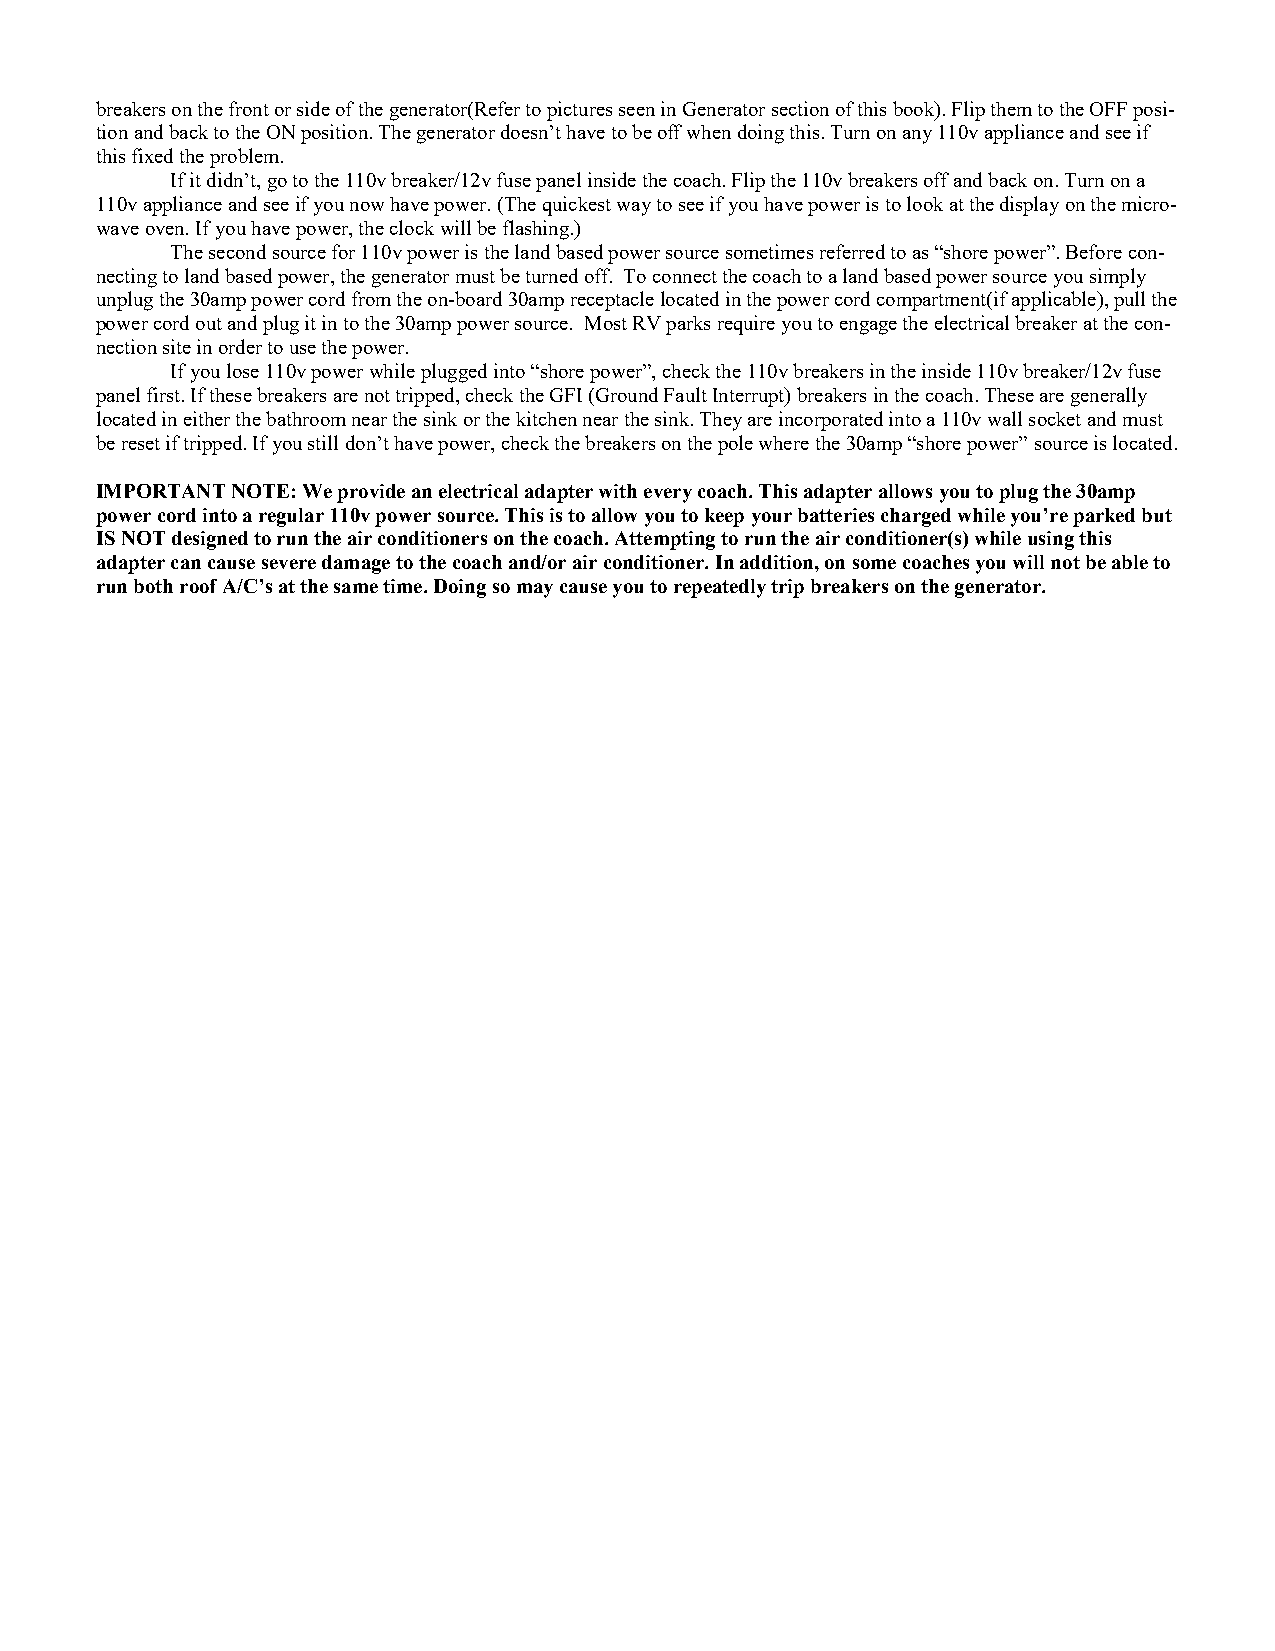
breakers on the front or side of the generator(Refer to pictures seen in Generator section of this book). Flip them to the OFF posi-
 tion and back to the ON position. The generator doesn’t have to be off when doing this. Turn on any 110v appliance and see if
 this fixed the problem.
 If it didn’t, go to the 110v breaker/12v fuse panel inside the coach. Flip the 110v breakers off and back on. Turn on a
 110v appliance and see if you now have power. (The quickest way to see if you have power is to look at the display on the micro-
 wave oven. If you have power, the clock will be flashing.)
 The second source for 110v power is the land based power source sometimes referred to as “shore power”. Before con-
 necting to land based power, the generator must be turned off. To connect the coach to a land based power source you simply
 unplug the 30amp power cord from the on-board 30amp receptacle located in the power cord compartment(if applicable), pull the
 power cord out and plug it in to the 30amp power source. Most RV parks require you to engage the electrical breaker at the con-
 nection site in order to use the power.
 If you lose 110v power while plugged into “shore power”, check the 110v breakers in the inside 110v breaker/12v fuse
 panel first. If these breakers are not tripped, check the GFI (Ground Fault Interrupt) breakers in the coach. These are generally
 located in either the bathroom near the sink or the kitchen near the sink. They are incorporated into a 110v wall socket and must
 be reset if tripped. If you still don’t have power, check the breakers on the pole where the 30amp “shore power” source is located.
 IMPORTANT NOTE: We provide an electrical adapter with every coach. This adapter allows you to plug the 30amp
 power cord into a regular 110v power source. This is to allow you to keep your batteries charged while you’re parked but
 IS NOT designed to run the air conditioners on the coach. Attempting to run the air conditioner(s) while using this
 adapter can cause severe damage to the coach and/or air conditioner. In addition, on some coaches you will not be able to
 run both roof A/C’s at the same time. Doing so may cause you to repeatedly trip breakers on the generator.